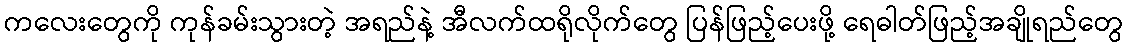
ကလေးတွေကို ကုန်ခမ်းသွားတဲ့ အရည်နဲ့ အီလက်ထရိုလိုက်တွေ ပြန်ဖြည့်ပေးဖို့ ရေဓါတ်ဖြည့်အချိုရည်တွေ